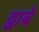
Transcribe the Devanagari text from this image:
द्वाबे